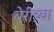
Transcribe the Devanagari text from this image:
बेरीच्या